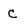
Character: C